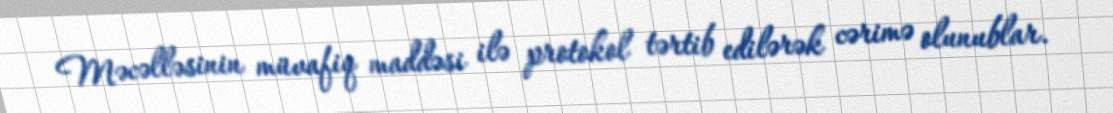
Məcəlləsinin müvafiq maddəsi ilə protokol tərtib edilərək cərimə olunublar.